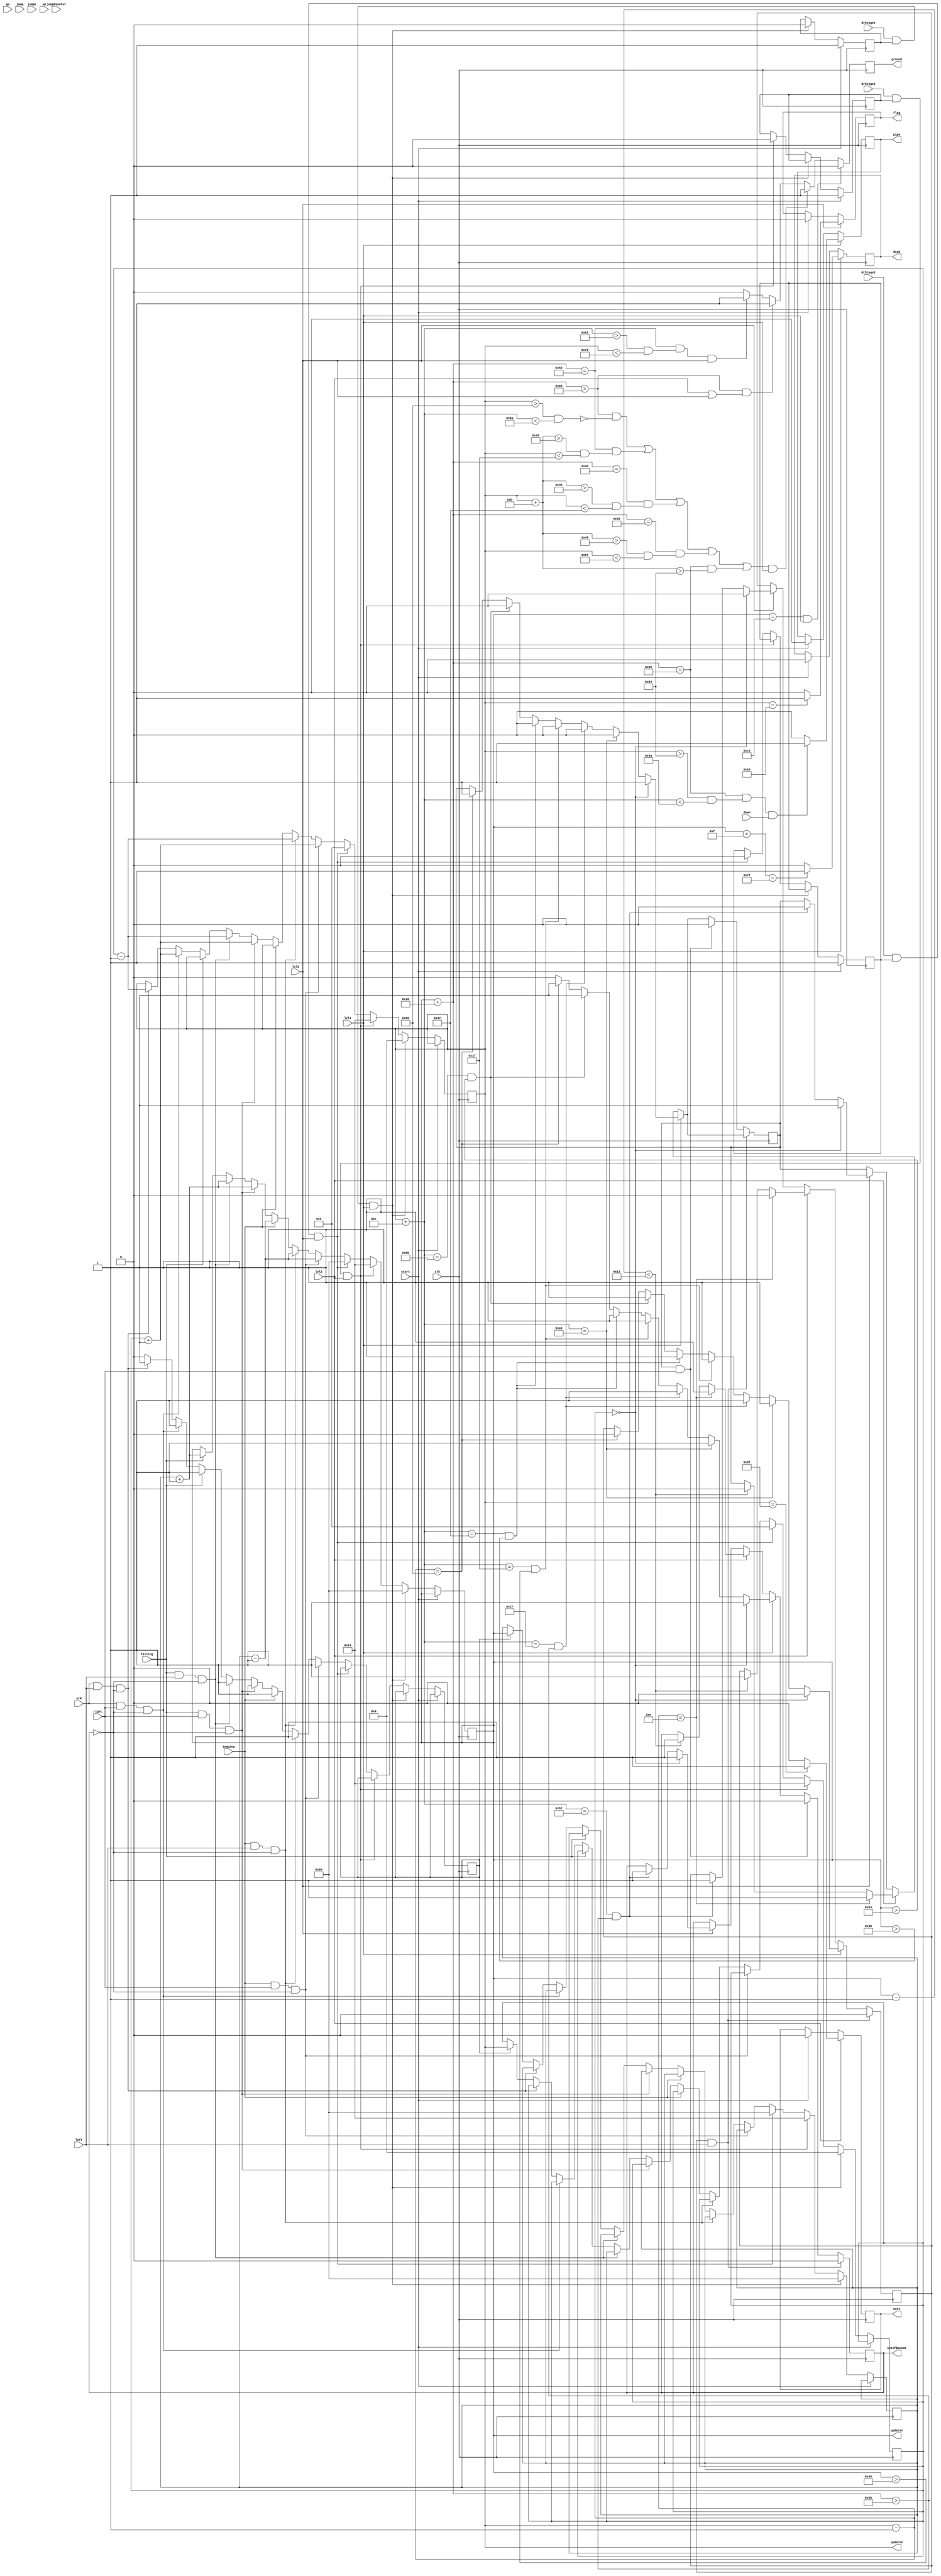

module marioReg 	(clk, go, ground, updateX, updateY, 
						erM, jump, jumpL, jumpCounter, jumping, falling, drStage1, drStage2, drStage3, 
						right, left, up, down, outofBounds, pipe, next, flag, start, lvl1, lvl2, lvl3, dead); 
						
	output reg [7:0] updateX, updateY; 
	input erM, jump, jumpL, jumpCounter, jumping, falling, drStage1, drStage2, drStage3, start, lvl1, lvl2, lvl3; 
	input right, left, up, down; 
	reg [7:0] initialx; 
	reg [7:0] initialy;
	
	output reg outofBounds, pipe, next, flag, dead; 
	initial outofBounds = 0; 
	input clk, go;
	
	reg goDown;
	initial goDown = 1; 
	output reg ground; 
	reg [4:0] counter; 
	
	reg facingLeft, facingRight; 
	
	initial initialx = 10'd4;
	initial initialy = 10'd89;
	
	reg update; 
	initial update = 0; 
	reg stop;
	initial stop = 1;
	reg stop2;
	initial stop2 = 1; 	
	reg stop3;
	initial stop3 = 1;
	
	always@(posedge clk) begin
	//movement
		//initial value
		if (start) begin
			stop <= 1; 
			stop2 <= 1; 
			stop3 <= 1;
			next <= 0;
			flag <= 0;
			pipe <= 0; 
			dead <= 0; 
		end
		else if (drStage1 && stop && lvl1) begin
			updateX <= 10'd4; 
			updateY <= 10'd89; 
			initialx <= 10'd4;
			initialy <= 10'd89;
			stop <= 0; 
		end
		else if (drStage2 && stop2 && lvl2) begin
			updateX <= 10'd20; 
			updateY <= 10'd20;
			initialx	<= 10'd20;
			initialy <= 10'd20;
			stop2 <= 0; 
		end
		else if (drStage3 && stop3 && lvl3) begin
			updateX <= 10'd2; 
			updateY <= 10'd89; 
			initialx	<= 10'd2;
			initialy <= 10'd89;
			stop3 <= 0; 
		end
		//jumping
		else if (jumping && right && !outofBounds) begin 
			updateY <= initialy - 8'b00000001;
			updateX <= initialx + 8'b00000001;
			update <= 1;
		end
		else if (jumping && left && !outofBounds) begin
			updateY <= initialy - 8'b00000001;
			updateX <= initialx - 8'b00000001;
			update <= 1;
		end
		else if (jumping) begin 
			updateY <= initialy - 8'b00000001;
			update <= 1; 
		end
		//falling
		else if (falling && right && !outofBounds) begin 
			updateY <= initialy + 8'b00000001;
			updateX <= initialx + 8'b00000001;
			update <= 1;
		end
		else if (falling && left && !outofBounds) begin
			updateY <= initialy + 8'b00000001;
			updateX <= initialx - 8'b00000001;
			update <= 1;
		end
		else if (falling) begin
			updateY <= initialy + 8'b00000001;
			update <= 1; 
		end
		//right
		else if (erM && right && !outofBounds) begin
			updateX <= initialx + 8'b00000001;
			update <= 1; 
		end
		//left
		else if (erM && left && !outofBounds) begin
			updateX <= initialx - 8'b00000001;
			update <= 1; 
		end
		//update position
		else if (update) begin
			initialx <= updateX;
			initialy <= updateY; 
			update <= 0; 
		end
		
		//out of bounds conditions
		if (lvl1) begin 
			if (updateX - 1'b1 == 8'd0) begin  
				outofBounds <= 1; 
				facingLeft <= 1; 
				facingRight <= 0;
			end
			else if (updateX + 5'd12 == 8'd160) begin
				outofBounds <= 1; 
				facingRight <= 1; 
				facingLeft <= 0;
			end
			else if (updateX + 5'd12 == 8'd39 && (updateY + 5'd16 > 8'd88)) begin
				outofBounds <= 1; 
				facingRight <= 1;
				facingLeft <= 0;
			end
			else if (updateX + 5'd12 == 8'd55 && (updateY > 8'd72)) begin
				outofBounds <= 1; 
				facingRight <= 1;
				facingLeft <= 0;
			end
			else if (updateX + 5'd12 == 8'd71 && (updateY > 8'd56)) begin
				outofBounds <= 1; 
				facingRight <= 1;
				facingLeft <= 0;
			end
			else if (updateX + 5'd12 == 8'd133 && (updateY > 8'd84)) begin
				outofBounds <= 1; 
				facingRight <= 1;
				facingLeft <= 0;
			end
			else if (updateX - 5'd1 == 8'd86) begin
				outofBounds <= 1; 
				facingRight <= 0;
				facingLeft <= 1;
			end
			else 
				outofBounds <= 0; 
		end 
		
		else if (lvl2) begin
			if (updateX - 1'b1 == 8'd14) begin  
				outofBounds <= 1; 
				facingLeft <= 1; 
				facingRight <= 0;
			end
			else if (updateY - 1'b1 < 8'd19) begin  
				outofBounds <= 1; 
				facingLeft <= 0; 
				facingRight <= 1;
			end
		end
		else if (lvl3) begin
			if (updateX - 1'b1 == 8'd0) begin  
				outofBounds <= 1; 
				facingLeft <= 1; 
				facingRight <= 0;
			end
			else if (updateX + 5'd12 == 8'd98 && (updateY + 5'd16 > 8'd88)) begin
				outofBounds <= 1; 
				facingRight <= 1;
				facingLeft <= 0;
			end
		end
		
		//out of bounds reset
		if (facingRight == 1 && left) begin
			outofBounds <= 0; 
			facingRight <= 0;
		end
		else if (facingLeft == 1 && right) begin
			outofBounds <= 0; 
			facingLeft <= 0;
		end
		
		//ground conditions
		if (updateY == 8'd194 && lvl1)
			ground <= 0; 
		else if ( ((updateY + 5'd16 > 8'd104 && !(updateX > 8'd86 && updateX + 5'd12 < 8'd106) ) || (updateY + 5'd16 == 8'd89 && (updateX + 5'd11 > 8'd38 && updateX < 8'd55)) 
					|| (updateY + 5'd16 == 8'd73 && (updateX + 5'd11 > 8'd54 && updateX < 8'd71)) || (updateY + 5'd16 == 8'd57 && (updateX + 5'd11 > 8'd70 && updateX < 8'd87))
					|| (updateY + 5'd16 == 8'd85 && (updateX + 5'd11 > 8'd132))) && lvl1)
			ground <= 1; 
		else if (updateY + 5'd16 > 8'd104 && (lvl2 || lvl3))
			ground <= 1; 
		else if (updateY + 5'd16 == 8'd89 && (updateX + 5'd12 > 8'd97 && updateX < 8'd114) && lvl3)
			ground <= 1;
		else
			ground <= 0; 
			
		//pipe conditions
		if (lvl1) begin 
			if (updateY + 5'd16 == 8'd85 && (updateX > 8'd132 && updateX + 5'd12 < 8'd154) && down)
				pipe <= 1;
			else 
				pipe <= 0;
		end 
		
		//next level conditions 
		if (lvl2) begin
			if (updateX == 8'd159)
				next <= 1; 
			else 
				next <= 0; 
		end
		
		//flag conditions 
		if (lvl3) begin
			if (updateX == 8'd100)
				flag <= 1; 
			else 
				flag <= 0; 
		end
		
		//dead
		if (lvl1) begin
			if (updateY + 5'd15 == 8'd119) 
				dead <= 1;
			else 
				dead <= 0; 
		end
	end
	
endmodule